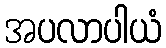
အပလာပါယံ